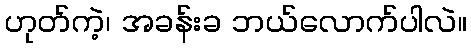
ဟုတ်ကဲ့၊ အခန်းခ ဘယ်လောက်ပါလဲ။